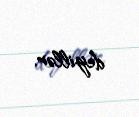
deyillər.